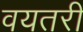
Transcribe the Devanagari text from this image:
वयतरी